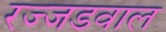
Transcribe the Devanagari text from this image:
रज्जडवाल